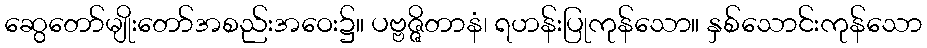
ဆွေတော်မျိုးတော်အစည်းအဝေး၌။ ပဗ္ဗဇ္ဇိတာနံ၊ ရဟန်းပြုကုန်သော။ နှစ်သောင်းကုန်သော